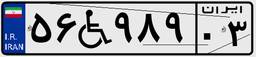
۵۶W۹۸۹۰۳